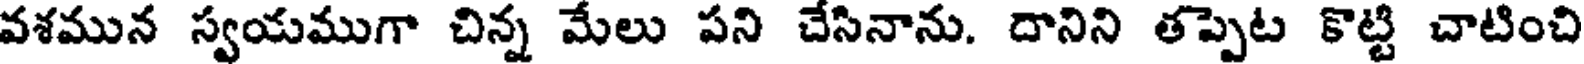
వశమున స్వయముగా చిన్న మేలు పని చేసినాను. దానిని తప్పెట కొట్టి చాటించి